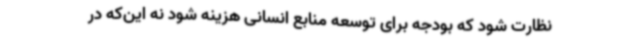
نظارت شود که بودجه برای توسعه منابع انسانی هزینه شود نه این‌که در